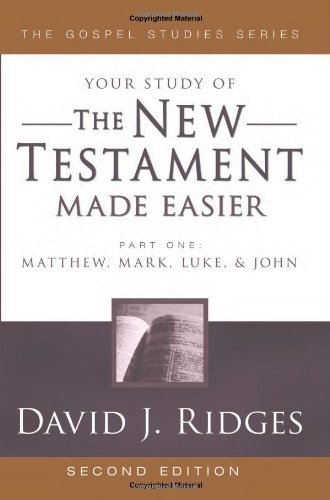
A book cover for The New Testament Made Easier Part 1 (Gospel Studies (Cedar Fort)); David J. Ridges; Christian Books & Bibles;